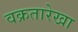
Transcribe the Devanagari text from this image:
वक्रतारेखा